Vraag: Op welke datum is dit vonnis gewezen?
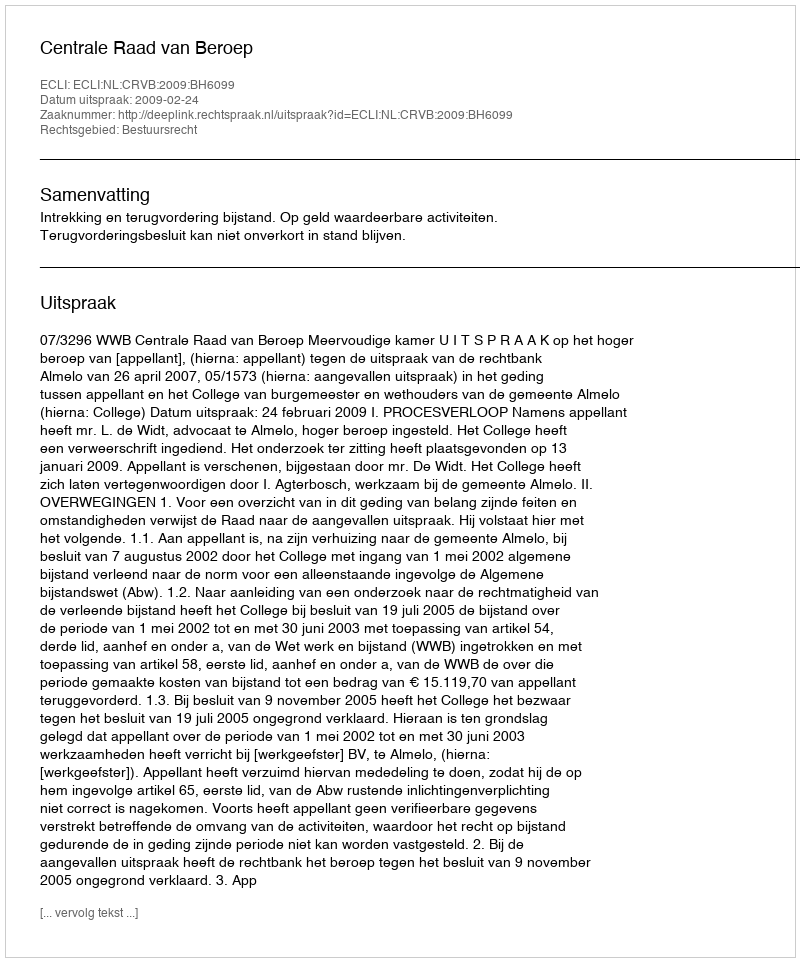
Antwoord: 2009-02-24